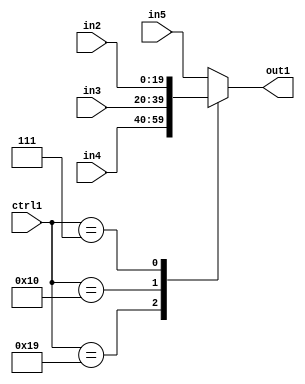
`timescale 1ps / 1ps
/*****************************************************************************
    Verilog RTL Description
    
    
    Created by: Stratus DpOpt 21.05.01 
*******************************************************************************/

module SobelFilter_N_Mux_20_4_5_1 (
	in5,
	in4,
	in3,
	in2,
	ctrl1,
	out1
	); /* architecture "behavioural" */ 
input [19:0] in5,
	in4,
	in3,
	in2;
input [4:0] ctrl1;
output [19:0] out1;
wire [19:0] asc001;

reg [19:0] asc001_tmp_0;
assign asc001 = asc001_tmp_0;
always @ (ctrl1 or in4 or in3 or in2 or in5) begin
	case (ctrl1)
		5'B11001 : asc001_tmp_0 = in4 ;
		5'B10000 : asc001_tmp_0 = in3 ;
		5'B00111 : asc001_tmp_0 = in2 ;
		default : asc001_tmp_0 = in5 ;
	endcase
end

assign out1 = asc001;
endmodule

/* CADENCE  v7b5Qg8= : u9/ySxbfrwZIxEzHVQQV8Q== ** DO NOT EDIT THIS LINE ******/